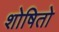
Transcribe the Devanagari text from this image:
शोषितो